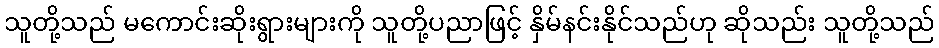
သူတို့သည် မကောင်းဆိုးရွားများကို သူတို့ပညာဖြင့် နှိမ်နင်းနိုင်သည်ဟု ဆိုသည်း သူတို့သည်